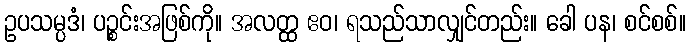
ဥပသမ္ပဒံ၊ ပဉ္စင်းအဖြစ်ကို။ အလတ္ထ ဧဝ၊ ရသည်သာလျှင်တည်း။ ခေါ ပန၊ စင်စစ်။